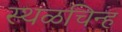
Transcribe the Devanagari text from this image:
स्थळचिन्ह